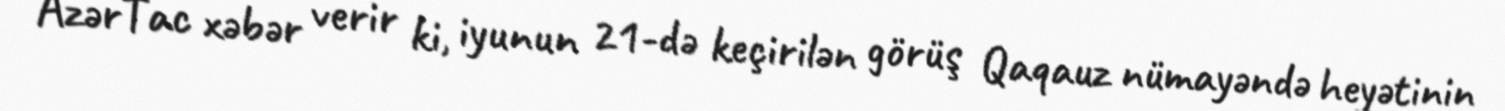
AzərTac xəbər verir ki, iyunun 21-də keçirilən görüş Qaqauz nümayəndə heyətinin